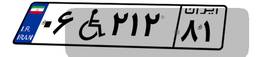
۱۱W۵۲۵۰۶